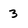
Character: 3